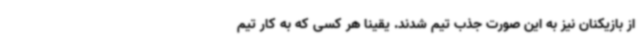
از بازیکنان نیز به این صورت جذب تیم شدند. یقینا هر کسی که به کار تیم